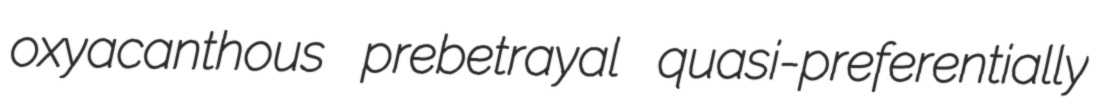
oxyacanthous prebetrayal quasi-preferentially